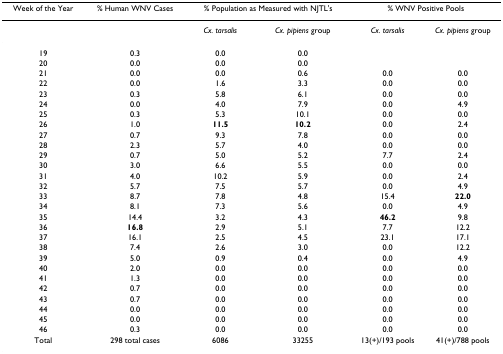
<table><thead><tr><td><b>Week of the Year</b></td><td><b>% Human WNV Cases</b></td><td colspan="2"><b>% Population as Measured with NJTL&#x27;s</b></td><td colspan="2"><b>% WNV Positive Pools</b></td></tr></thead><tbody><tr><td></td><td></td><td><i>Cx. tarsalis</i></td><td><i>Cx. pipiens </i>group</td><td><i>Cx. tarsalis</i></td><td><i>Cx. pipiens </i>group</td></tr><tr><td>19</td><td>0.3</td><td>0.0</td><td>0.0</td><td></td><td></td></tr><tr><td>20</td><td>0.0</td><td>0.0</td><td>0.0</td><td></td><td></td></tr><tr><td>21</td><td>0.0</td><td>0.0</td><td>0.6</td><td>0.0</td><td>0.0</td></tr><tr><td>22</td><td>0.0</td><td>1.6</td><td>3.3</td><td>0.0</td><td>0.0</td></tr><tr><td>23</td><td>0.3</td><td>5.8</td><td>6.1</td><td>0.0</td><td>0.0</td></tr><tr><td>24</td><td>0.0</td><td>4.0</td><td>7.9</td><td>0.0</td><td>4.9</td></tr><tr><td>25</td><td>0.3</td><td>5.3</td><td>10.1</td><td>0.0</td><td>0.0</td></tr><tr><td>26</td><td>1.0</td><td><b>11.5</b></td><td><b>10.2</b></td><td>0.0</td><td>2.4</td></tr><tr><td>27</td><td>0.7</td><td>9.3</td><td>7.8</td><td>0.0</td><td>0.0</td></tr><tr><td>28</td><td>2.3</td><td>5.7</td><td>4.0</td><td>0.0</td><td>0.0</td></tr><tr><td>29</td><td>0.7</td><td>5.0</td><td>5.2</td><td>7.7</td><td>2.4</td></tr><tr><td>30</td><td>3.0</td><td>6.6</td><td>5.5</td><td>0.0</td><td>0.0</td></tr><tr><td>31</td><td>4.0</td><td>10.2</td><td>5.9</td><td>0.0</td><td>2.4</td></tr><tr><td>32</td><td>5.7</td><td>7.5</td><td>5.7</td><td>0.0</td><td>4.9</td></tr><tr><td>33</td><td>8.7</td><td>7.8</td><td>4.8</td><td>15.4</td><td><b>22.0</b></td></tr><tr><td>34</td><td>8.1</td><td>7.3</td><td>5.6</td><td>0.0</td><td>4.9</td></tr><tr><td>35</td><td>14.4</td><td>3.2</td><td>4.3</td><td><b>46.2</b></td><td>9.8</td></tr><tr><td>36</td><td><b>16.8</b></td><td>2.9</td><td>5.1</td><td>7.7</td><td>12.2</td></tr><tr><td>37</td><td>16.1</td><td>2.5</td><td>4.5</td><td>23.1</td><td>17.1</td></tr><tr><td>38</td><td>7.4</td><td>2.6</td><td>3.0</td><td>0.0</td><td>12.2</td></tr><tr><td>39</td><td>5.0</td><td>0.9</td><td>0.4</td><td>0.0</td><td>4.9</td></tr><tr><td>40</td><td>2.0</td><td>0.0</td><td>0.0</td><td>0.0</td><td>0.0</td></tr><tr><td>41</td><td>1.3</td><td>0.0</td><td>0.0</td><td>0.0</td><td>0.0</td></tr><tr><td>42</td><td>0.7</td><td>0.0</td><td>0.0</td><td>0.0</td><td>0.0</td></tr><tr><td>43</td><td>0.7</td><td>0.0</td><td>0.0</td><td>0.0</td><td>0.0</td></tr><tr><td>44</td><td>0.0</td><td>0.0</td><td>0.0</td><td>0.0</td><td>0.0</td></tr><tr><td>45</td><td>0.0</td><td>0.0</td><td>0.0</td><td>0.0</td><td>0.0</td></tr><tr><td>46</td><td>0.3</td><td>0.0</td><td>0.0</td><td>0.0</td><td>0.0</td></tr><tr><td>Total</td><td>298 total cases</td><td>6086</td><td>33255</td><td>13(+)/193 pools</td><td>41(+)/788 pools</td></tr></tbody></table>